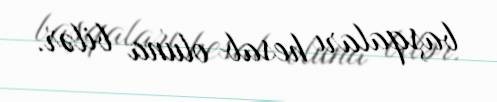
başqaları hesab oluna bilər.